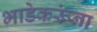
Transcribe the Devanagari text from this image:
भाडेकरूंना